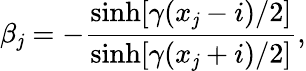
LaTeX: \beta_{\mathit{j}}=-\frac{{\sinh[\gamma(x_{\mathit{j}}-i)/2]}}{{\sinh[\gamma(x_{\mathit{j}}+i)/2]}},